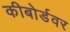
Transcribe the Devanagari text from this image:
कीबोर्डवर